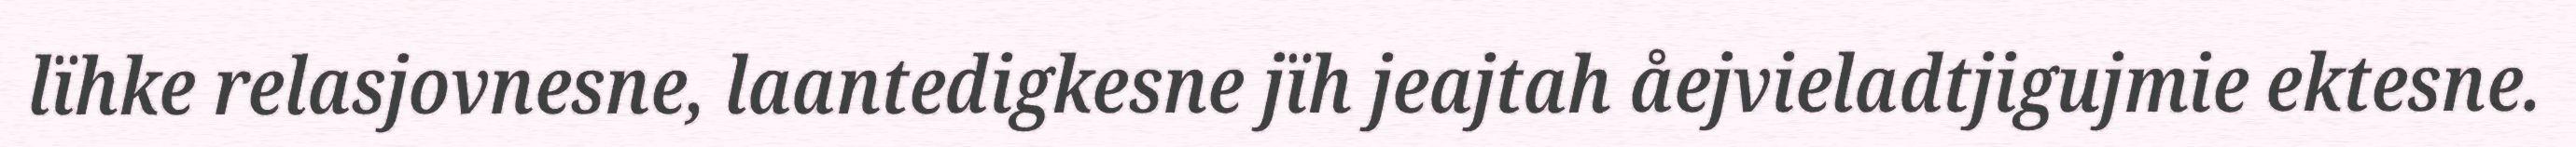
lïhke relasjovnesne, laantedigkesne jïh jeajtah åejvieladtjigujmie ektesne.